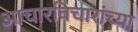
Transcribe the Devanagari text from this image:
आचारविचारांच्या